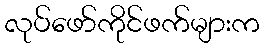
လုပ်ဖော်ကိုင်ဖက်များက